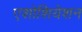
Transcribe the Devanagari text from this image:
एशोशियेशन